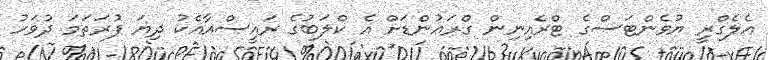
އެލެގްރީ ޔުވެންޓަސްގެ ޓްރެއިނިން ގްރައުންޑަށް އެ ކްލަބުގެ ރައީސްއާއެކު ދިޔަ ފުރަތަމަ ދުވަހު